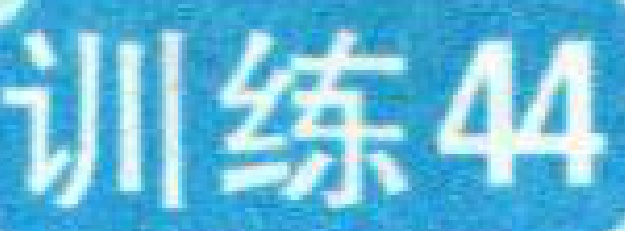
训练44